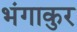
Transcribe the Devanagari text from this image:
भंगाकुर